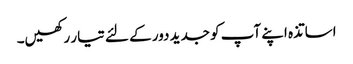
اساتذہ اپنے آپ کو جدید دور کے لئے تیار رکھیں۔